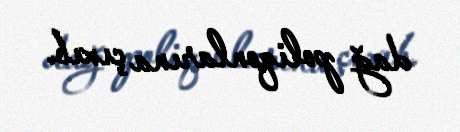
dağ poliqonlarına çıxıb.